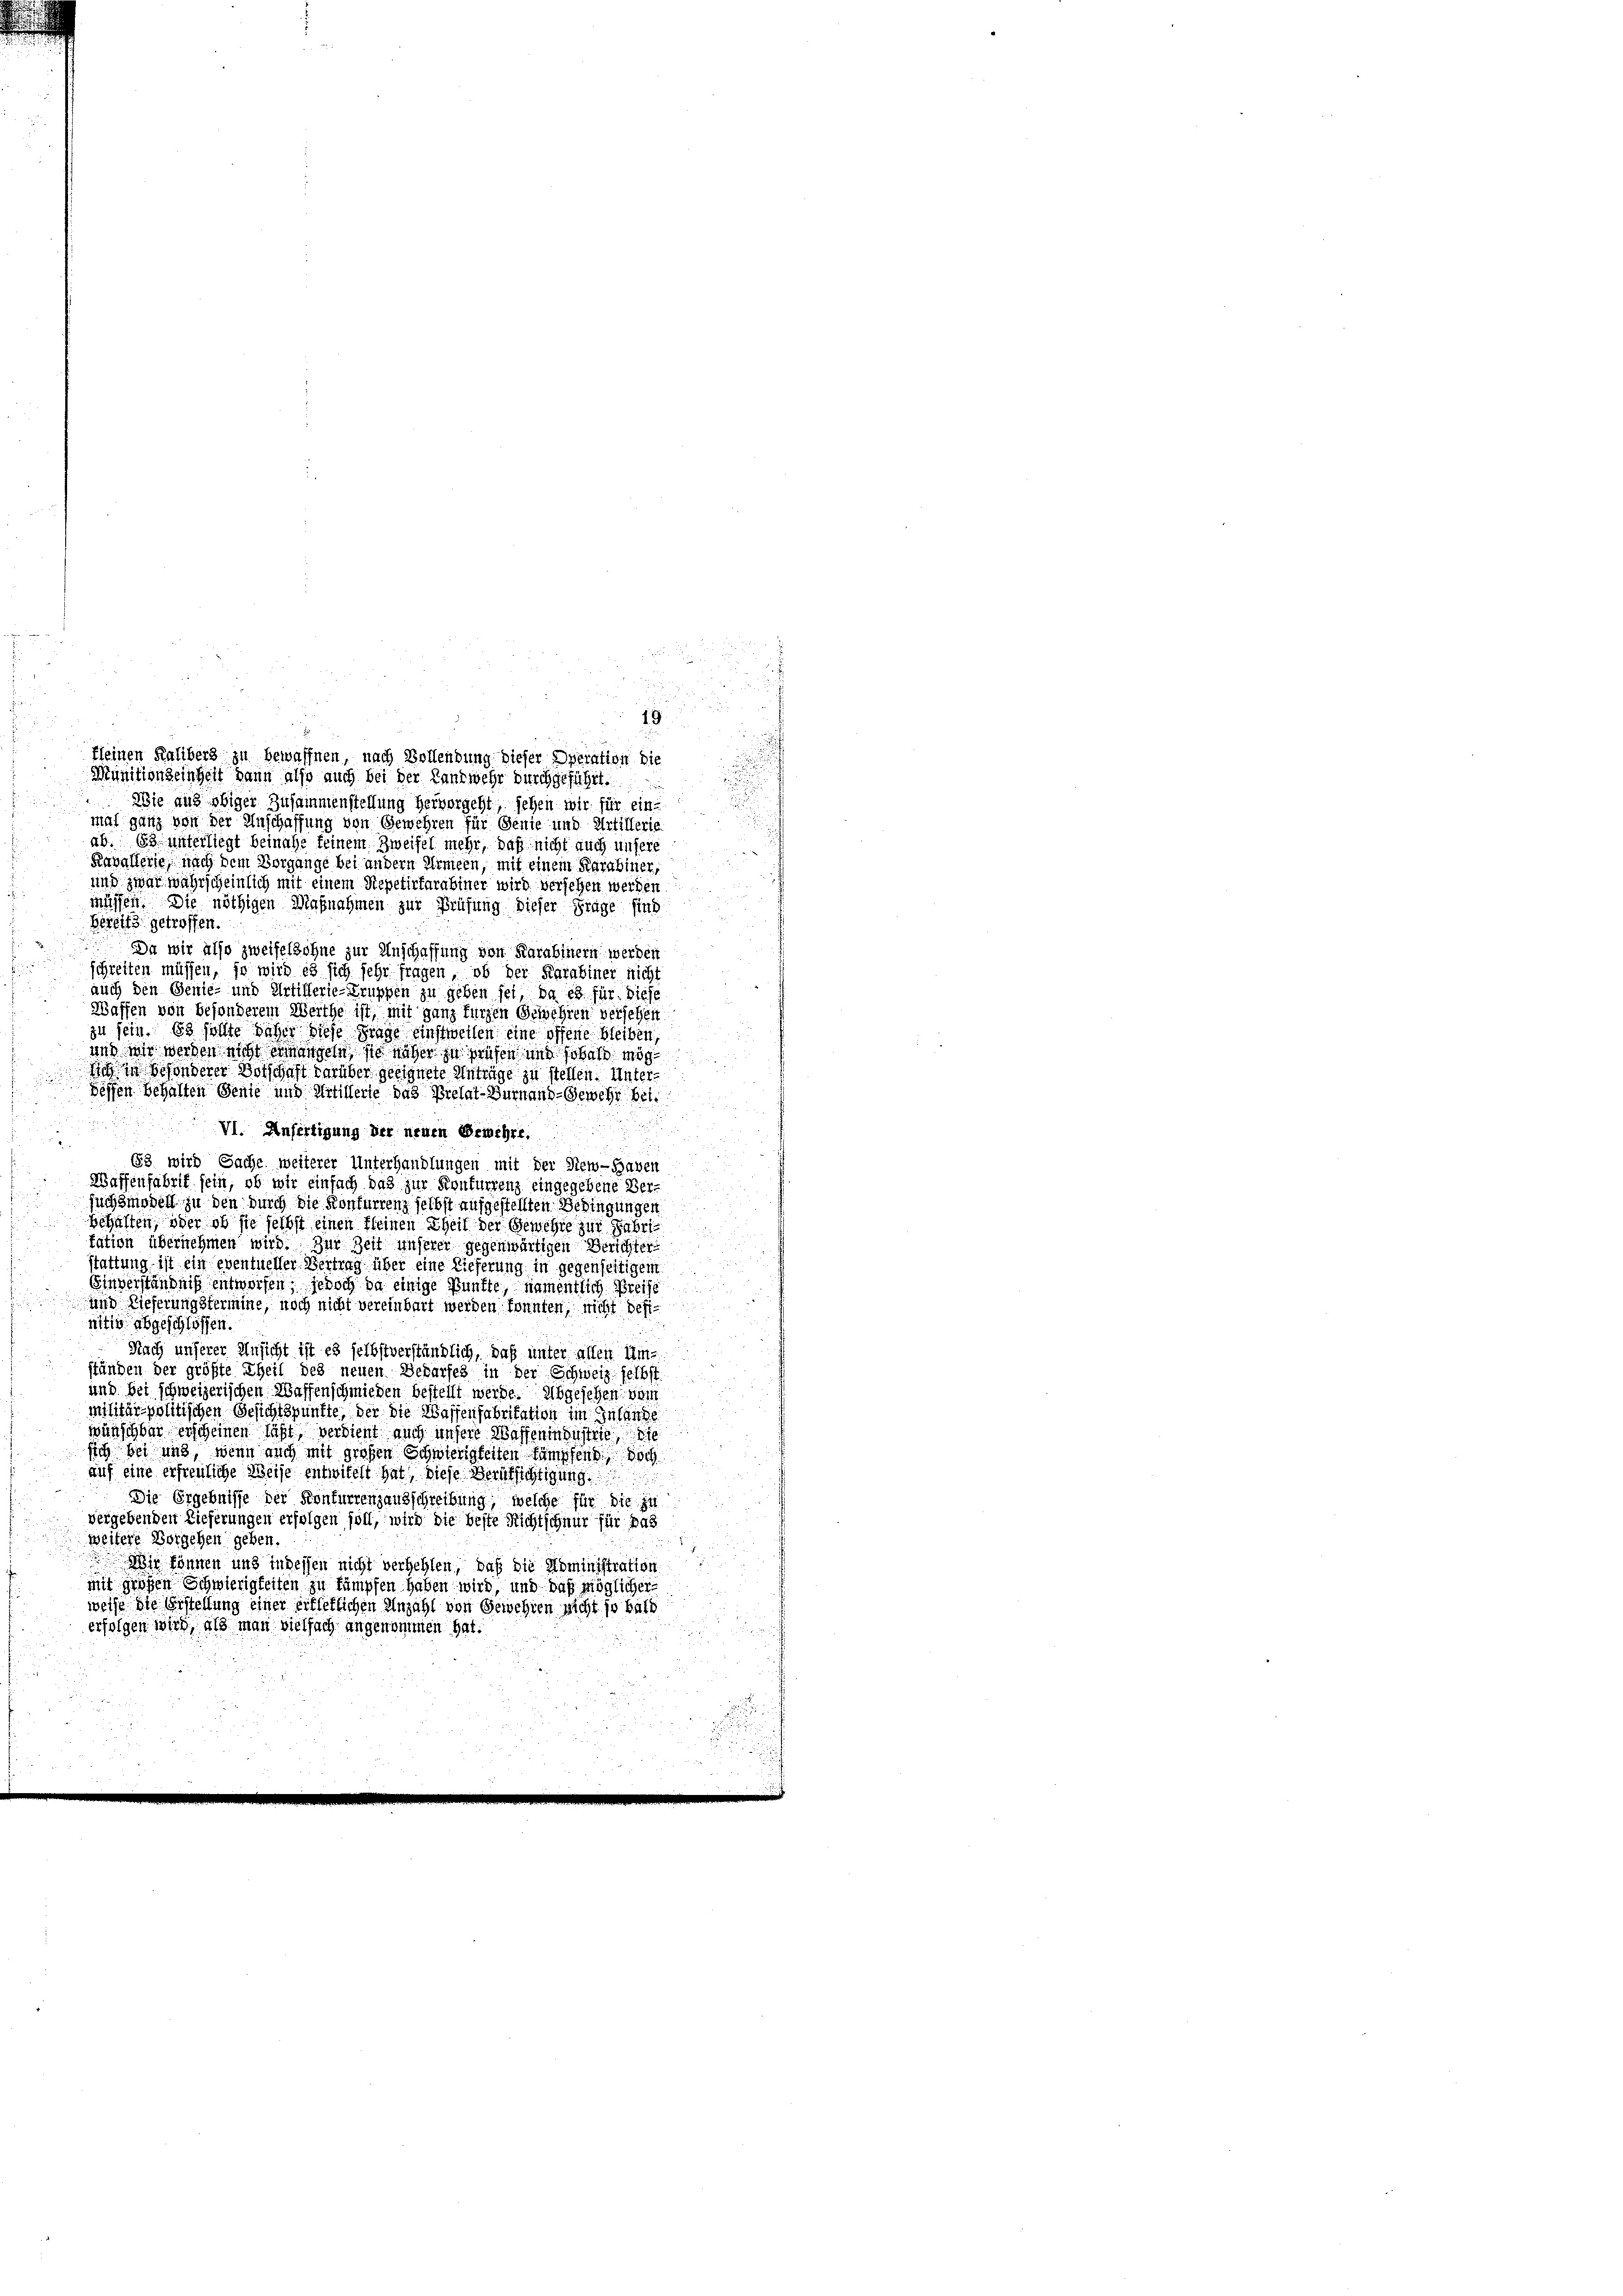
.

r

Kleinen Kalibers zu bewaffnen, nach Vollendung dieser Operation die
n
Munitionseinheit bann also auch bei der Landwehr durchgeführt.

Wie aus obiger Zusammenstellung hervorgeht, sehen wir für ein
mal ganz von der Anschaffung von Gewehren für Genie und Artillerie
ab. 63 unterliegt beinahe keinem Zweifel mehr, daß nicht auch unsere
Kavallerie, nach dem Vorgange bei andern Armeen, mit einem Karabiner,
und zwar währscheinlich mit einem Repetirfarabiner wird versehen werden
müssen. Die nöthigen Maßnahmen zur Prüfung dieser Frage sind
Bereits getroffen.
Da wir also zweifelsohne zur Anschaffung von Karabinern werden
schreiten müssen, so wird es sich sehr fragen, ob der Karabiner nicht
auch den Genie- und Artillerie-Truppen zu geben sei, da es für diese
Waffen von besonderem Werthe ist, mit ganz fürzen Gewehren versehen.
zu sein. Es sollte daher diese Frage einstweilen eine offene bleiben,
und wir werden nicht ermangen sie näher zu prüfen und sobald mög
u
sich in besonderer Vorschaft darüber geeignete Anträge zu stellen. Unter¬
Dessen behalten Genie und Artillerie das Prelat-Turnaud-Gewehr bei

VI. Anfertigung der neuen Erwehre.

63 wird Sache weiterer Unterhandlungen mit der New-Haben
Waffenfabrit sein, ob wir einfach das zur Konfurrenz eingegebene Versuch modell zu den durch die Konfurrenz selbst aufgestellten Bedingungen
schaften, oder ob sie selbst einen kleinen Theil der Gewehre zur Fabritation übernehmen wird. Zur Zeit unserer gegenwärtigen Berichter
stattung ist ein eventueller Bertrag über eine Lieferung in gegenseitigem
Einverständniß entworfen; jedoch da einige Punkte, namentlich Preise
und Lieferungsterseine, noch nicht vereinbart werden konnten, nicht bests
nitiv abgeschlossen.
Nach unserer Ansicht ist es selbstverständlich, daß unter allen Um-
ständen der größte Theil des neuen Bedarfes in der Schweiz selbst
und bei schweizerischen Waffenschmieden bestellt werde. Abgesehen: vom
militärpolitischen Gesichtspunkte, der die Wassenfabritation im Inlande
wünschbar erscheinen läßt, verdient auch unsere Waffenindustrie, die
sich bei und wenn auch mit großen Schwierigkeiten kämpfend doch
auf eine erfreuliche Weise entwitelt hat, diese Bertsichtigung
Die Ergebnisse der Konfurrenzausschreibung, welche für die in
vergebenden Lieferungen erfolgen soll, wird die beste Nichtschnur für das
weitere Vorgehen geben.
Wir können und indessen nicht verhehlen, daß die Noministration
mit großen Schwierigkeiten zu kämpfen haben wird, und daß möglicher
weise die Erstellung einer erfletlichen Anzahl von Gewehren nicht so bald
erfolgen wird, als man vielfach angenommen hat.

19

.